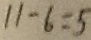
1 1 - 6 = 5